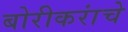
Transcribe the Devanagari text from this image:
बोरीकरांचे